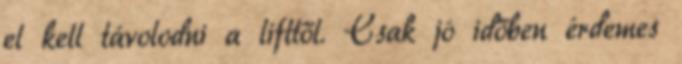
el kell távolodni a lifttől. Csak jó időben érdemes